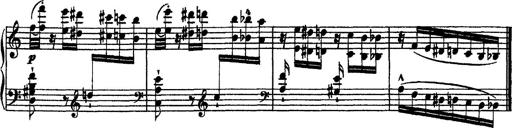
Title: Grandes Ã©tudes de Paganini
Composer: Franz Liszt